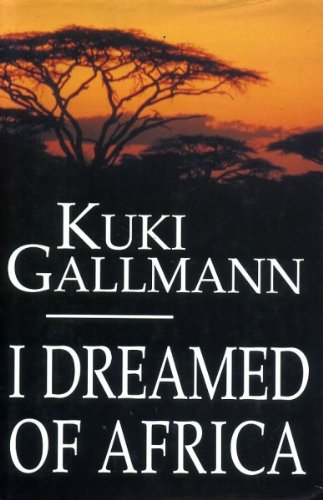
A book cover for I Dreamed of Africa; Kuki Gallmann; History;